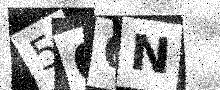
Text: 506N